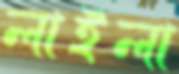
লাইলা